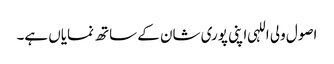
اصول ولی اللہی اپنی پوری شان کے ساتھ نمایاں ہے۔